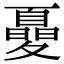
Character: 𡕾